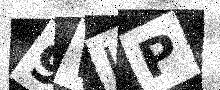
Text: 9WIP